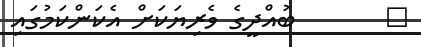
٥       ބުއްދީގެ ވެރިޔަކަށް އެކަންކަމުގައި